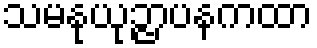
သမနုယုဉ္ဇာပနကထာ